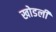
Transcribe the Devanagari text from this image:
खोडली